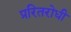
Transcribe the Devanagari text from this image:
प्ररितरोधी